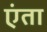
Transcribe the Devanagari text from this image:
एंता